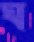
ঘ